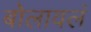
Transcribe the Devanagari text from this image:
बोलावलं